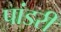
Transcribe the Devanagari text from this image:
पांडरी